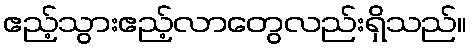
ဧည့်သွားဧည့်လာတွေလည်းရှိသည်။